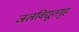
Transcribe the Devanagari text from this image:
जलविद्युतगृह